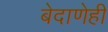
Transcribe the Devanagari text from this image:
बेदाणेही